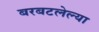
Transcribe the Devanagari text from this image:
बरबटलेल्या